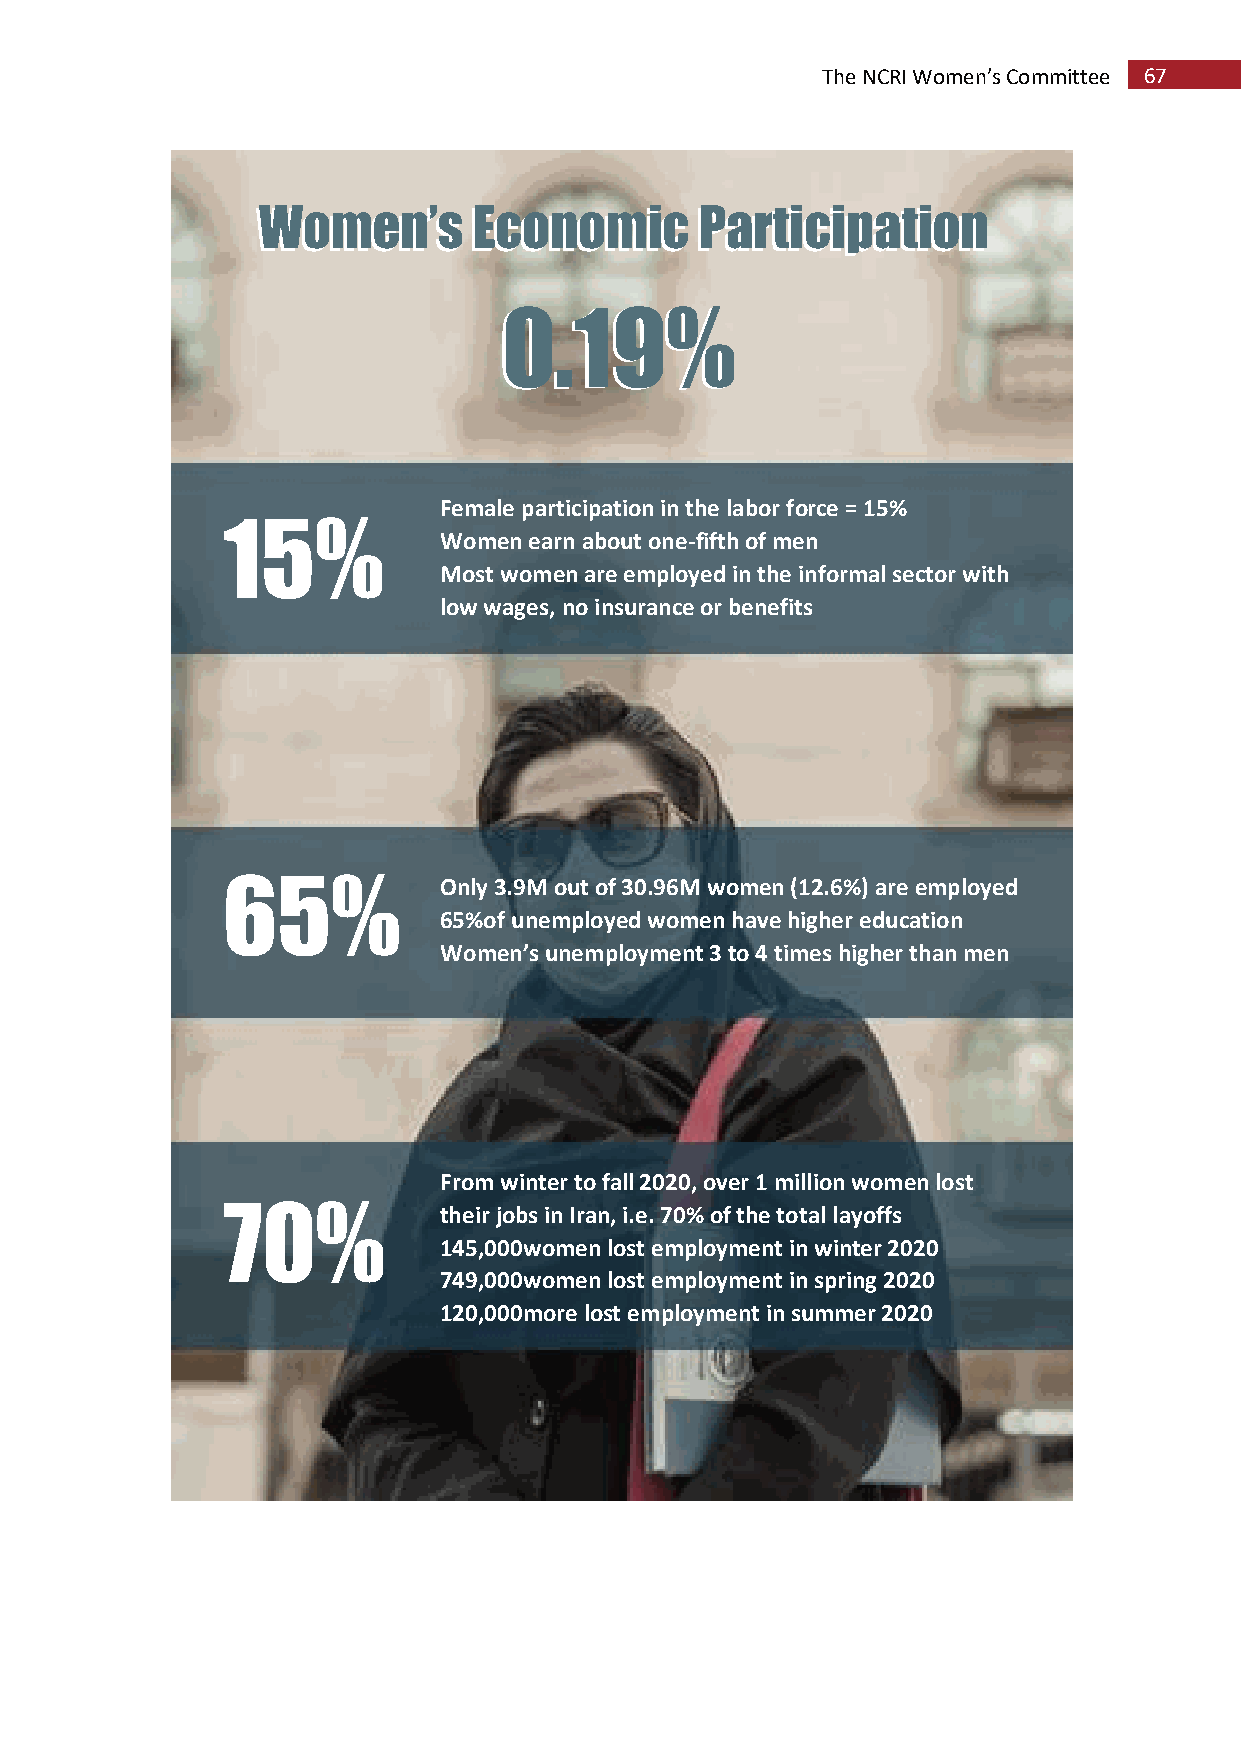
The NCRI Women’s Committee 67
 WWoommeenn’’ss EEccoonnoommiicc PPaarrttiicciippaattiioonn
 00..1199%%
 Female participation in the labor force = 15%
 15%
 Women earn about one-fifth of men
 Most women are employed in the informal sector with
 low wages, no insurance or benefits
 65%
 Only 3.9M out of 30.96M women (12.6%) are employed
 65%of unemployed women have higher education
 Women’s unemployment 3 to 4 times higher than men
 From winter to fall 2020, over 1 million women lost
 70%
 their jobs in Iran, i.e. 70% of the total layoffs
 145,000women lost employment in winter 2020
 749,000women lost employment in spring 2020
 120,000more lost employment in summer 2020